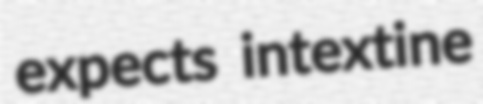
expects intextine